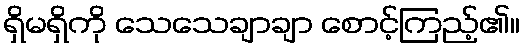
ရှိမရှိကို သေသေချာချာ စောင့်ကြည့်၏။